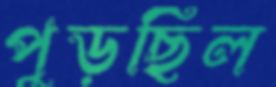
পুড়ছিল